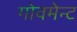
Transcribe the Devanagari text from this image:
गोवमेन्ट